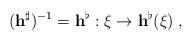
LaTeX: \begin{align*}({\bf h}^\sharp)^{-1}={\bf h}^\flat :\xi\rightarrow{\bf h}^\flat(\xi)\;,\end{align*}